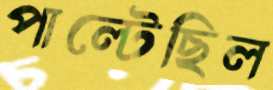
পাল্‌টেছিল